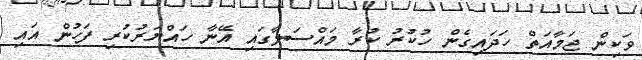
ވަކިން ޖަމާއަތް ހަދައިގެން ހުކުރު ކުރާ މައްސަލާގައި އޭނާ ހައްޔަރުކުރި ފަހުން އައި